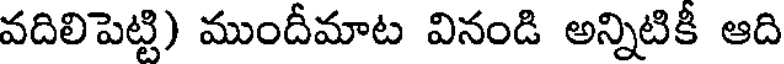
వదిలిపెట్టి) ముందీమాట వినండి అన్నిటికీ ఆది